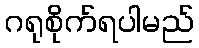
ဂရုစိုက်ရပါမည်